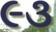
૯૩